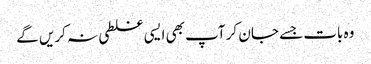
وہ بات جسے جا ن کر آپ بھی ایسی غلطی نہ کریں گے